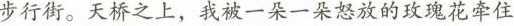
行街。天桥之上，我被一条一朵怒放的玻瑰花牵住